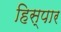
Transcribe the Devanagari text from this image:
हिस्पार